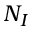
N _ { I }